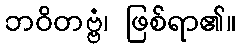
ဘဝိတဗ္ဗံ၊ ဖြစ်ရာ၏။